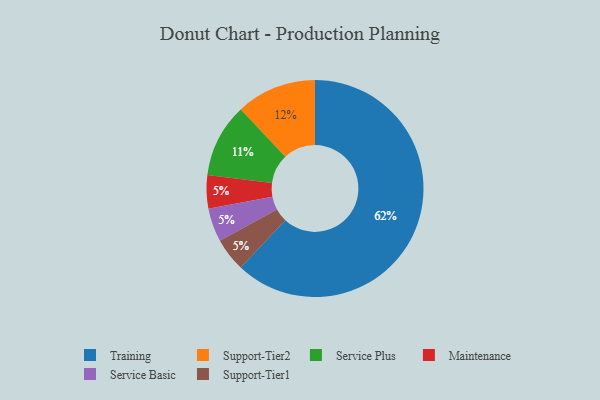
{"axis": {"x": "Category", "y": "Percentage"}, "legend": ["Maintenance", "Service Basic", "Service Plus", "Support-Tier1", "Support-Tier2", "Training"], "data": [{"x": "Training", "y": 62, "type": "Training"}, {"x": "Service Plus", "y": 11, "type": "Service Plus"}, {"x": "Maintenance", "y": 5, "type": "Maintenance"}, {"x": "Support-Tier2", "y": 12, "type": "Support-Tier2"}, {"x": "Service Basic", "y": 5, "type": "Service Basic"}, {"x": "Support-Tier1", "y": 5, "type": "Support-Tier1"}]}